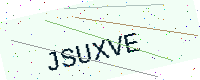
Text: JSUXVE